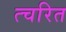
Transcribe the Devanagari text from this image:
त्चरित